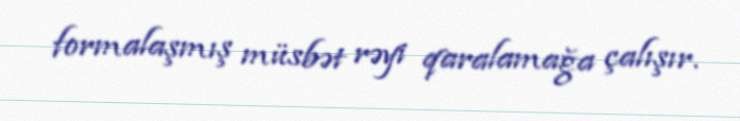
formalaşmış müsbət rəyi qaralamağa çalışır.